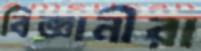
বিজ্ঞানীরা